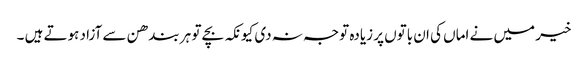
خیر میں نے اماں کی ان باتوں پر زیادہ توجہ نہ دی کیونکہ بچے تو ہر بندھن سے آزاد ہوتے ہیں ۔